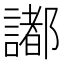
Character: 𧬥